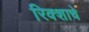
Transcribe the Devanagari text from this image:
रिक्शाचे